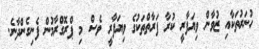
ހުނަރުތަކާއި ޒުވާން ވިޔަފާރީ ކުރާ ފަރާތްތަކުގެ ވިޔަފާރީ ވެސް މި ޕްރޮގްރާމުން ފެނިގެންދާނެ.